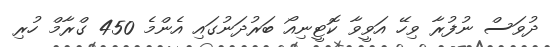
ދުވަސް ނުފުރާ ވިހޭ އަވީވާ ކޮޓީނިއޯ ބަރުދަނުގައި އެންމެ 450 ގްރާމް ހުރި